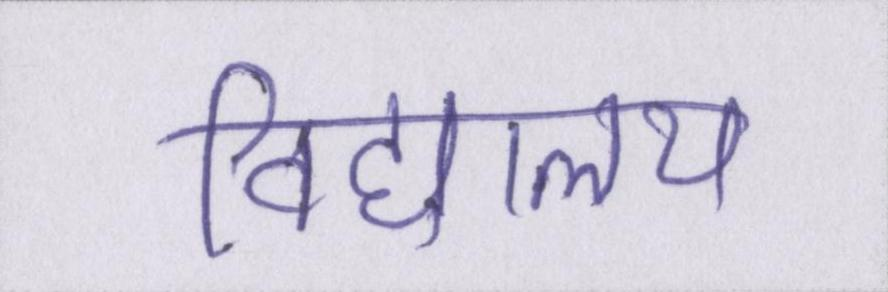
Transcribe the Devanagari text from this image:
विद्यालय